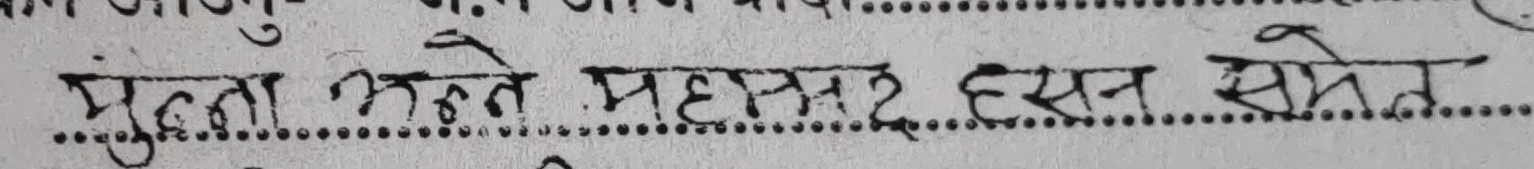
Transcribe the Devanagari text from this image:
मुँत्ता भत्ते महासमर हसन् समेत